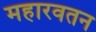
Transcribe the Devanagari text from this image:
महारवतन